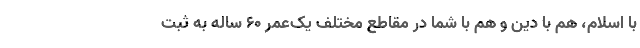
با اسلام، هم با دین و هم با شما در مقاطع مختلف یک‌عمر 60 ساله به ثبت